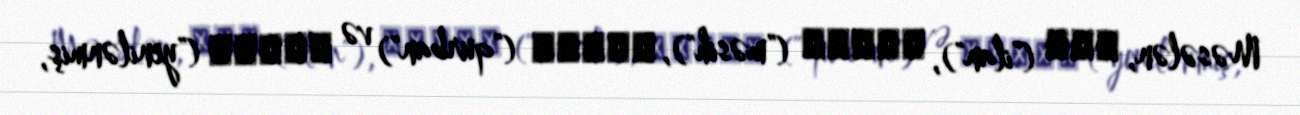
Məsələn, נחש ("ilan"), משׁיח ("məsih"), קורבן ("qurban") və מחודש ("yenilənmiş,